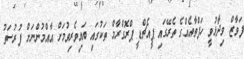
ފަވާޒް ވިދާޅުވީ ހަފްތާއެއްގެ ތެރޭގައި ޕީއެޗްޑީ ޕްރޮގްރާމް ތަކުގައި ބައިވެރިވުމަށް އާއްމުންނަށް ފުރުސަތު